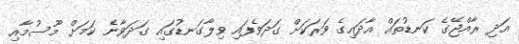
އަދި ރާއްޖޭގެ ކަނޑުތައް އާދައިގެ ވަރަކަށް ގަދަވެފައި ވިލާގަނޑުގައި ގަދަވާނެ ކަމަށް މޫސުމާއި